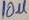
Text: 10µ